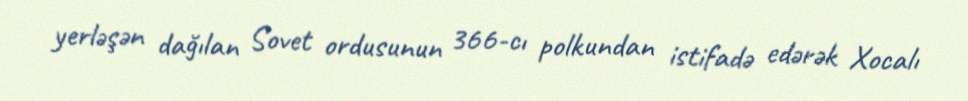
yerləşən dağılan Sovet ordusunun 366-cı polkundan istifadə edərək Xocalı